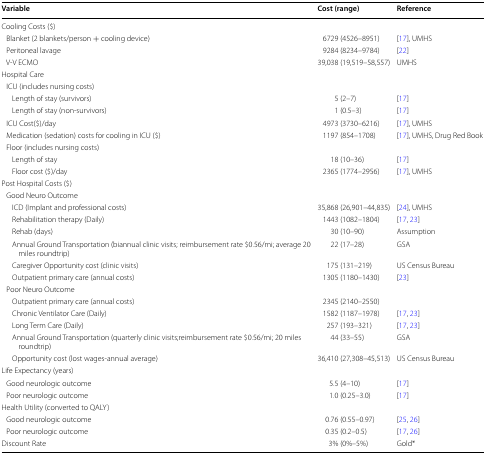
<table><thead><tr><td><b>Variable</b></td><td><b>Cost (range)</b></td><td><b>Reference</b></td></tr></thead><tbody><tr><td>Cooling Costs ($)</td><td>[EMPTY_CELL]</td><td>[EMPTY_CELL]</td></tr><tr><td> Blanket (2 blankets/person + cooling device)</td><td>6729 (4526–8951)</td><td>[17], UMHS</td></tr><tr><td> Peritoneal lavage</td><td>9284 (8234–9784)</td><td>[22]</td></tr><tr><td> V-V ECMO</td><td>39,038 (19,519–58,557)</td><td>UMHS</td></tr><tr><td colspan="3">Hospital Care</td></tr><tr><td colspan="3"> ICU (includes nursing costs)</td></tr><tr><td>Length of stay (survivors)</td><td>5 (2–7)</td><td>[17]</td></tr><tr><td>Length of stay (non-survivors)</td><td>1 (0.5–3)</td><td>[17]</td></tr><tr><td> ICU Cost($)/day</td><td>4973 (3730–6216)</td><td>[17], UMHS</td></tr><tr><td> Medication (sedation) costs for cooling in ICU ($)</td><td>1197 (854–1708)</td><td>[17], UMHS, Drug Red Book</td></tr><tr><td colspan="3"> Floor (includes nursing costs)</td></tr><tr><td>Length of stay</td><td>18 (10–36)</td><td>[17]</td></tr><tr><td>Floor cost ($)/day</td><td>2365 (1774–2956)</td><td>[17], UMHS</td></tr><tr><td colspan="3">Post Hospital Costs ($)</td></tr><tr><td colspan="3"> Good Neuro Outcome</td></tr><tr><td>ICD (Implant and professional costs)</td><td>35,868 (26,901–44,835)</td><td>[24], UMHS</td></tr><tr><td>Rehabilitation therapy (Daily)</td><td>1443 (1082–1804)</td><td>[17, 23]</td></tr><tr><td>Rehab (days)</td><td>30 (10–90)</td><td>Assumption</td></tr><tr><td>Annual Ground Transportation (biannual clinic visits; reimbursement rate $0.56/mi; average 20 miles roundtrip)</td><td>22 (17–28)</td><td>GSA</td></tr><tr><td>Caregiver Opportunity cost (clinic visits)</td><td>175 (131–219)</td><td>US Census Bureau</td></tr><tr><td>Outpatient primary care (annual costs)</td><td>1305 (1180–1430)</td><td>[23]</td></tr><tr><td colspan="3"> Poor Neuro Outcome</td></tr><tr><td>Outpatient primary care (annual costs)</td><td>2345 (2140–2550)</td><td>[EMPTY_CELL]</td></tr><tr><td>Chronic Ventilator Care (Daily)</td><td>1582 (1187–1978)</td><td>[17, 23]</td></tr><tr><td>Long Term Care (Daily)</td><td>257 (193–321)</td><td>[17, 23]</td></tr><tr><td>Annual Ground Transportation (quarterly clinic visits;reimbursement rate $0.56/mi; 20 miles roundtrip)</td><td>44 (33–55)</td><td>GSA</td></tr><tr><td>Opportunity cost (lost wages-annual average)</td><td>36,410 (27,308–45,513)</td><td>US Census Bureau</td></tr><tr><td colspan="3">Life Expectancy (years)</td></tr><tr><td> Good neurologic outcome</td><td>5.5 (4–10)</td><td>[17]</td></tr><tr><td> Poor neurologic outcome</td><td>1.0 (0.25–3.0)</td><td>[17]</td></tr><tr><td colspan="3">Health Utility (converted to QALY)</td></tr><tr><td> Good neurologic outcome</td><td>0.76 (0.55–0.97)</td><td>[25, 26]</td></tr><tr><td> Poor neurologic outcome</td><td>0.35 (0.2–0.5)</td><td>[17, 26]</td></tr><tr><td>Discount Rate</td><td>3% (0%–5%)</td><td>Gold*</td></tr></tbody></table>